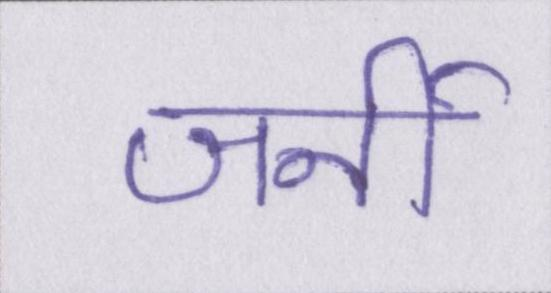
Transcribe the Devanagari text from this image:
जर्नी